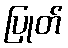
ပြုတ်